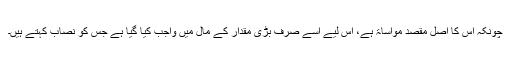
چونکہ اس کا اصل مقصد مواساۃ ہے، اس لیے اُسے صرف بڑی مقدار کے مال میں واجب کیا گیا ہے جس کو نصاب کہتے ہیں۔